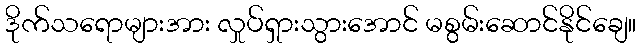
ဒိုက်သရောများအား လှုပ်ရှားသွားအောင် မစွမ်းဆောင်နိုင်ချေ။